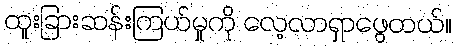
ထူးခြားဆန်းကြယ်မှုကို လေ့လာရှာဖွေတယ်။